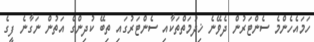
ހަމައެހެންމެ ސެންޓަރުން ދެވޭނެ ޚިދުމަތްތަކާއި ސެންޓަރުގައި ތިބޭ ކުދިންގެ އަތުން ނަގާނެ ފީގެ